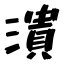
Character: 潰